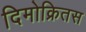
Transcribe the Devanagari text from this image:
दिमोक्रितस